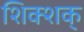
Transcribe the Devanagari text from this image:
शिक्शक्